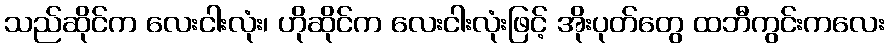
သည်ဆိုင်က လေးငါးလုံး၊ ဟိုဆိုင်က လေးငါးလုံးဖြင့် အိုးပုတ်တွေ ထဘီကွင်းကလေး